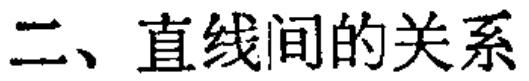
二、直线间的关系